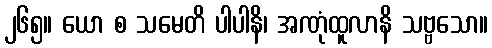
၂၆၅။ ယော စ သမေတိ ပါပါနိ၊ အဏုံထူလာနိ သဗ္ဗသော။